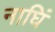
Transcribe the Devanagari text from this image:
नाघिं